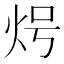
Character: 𭴒